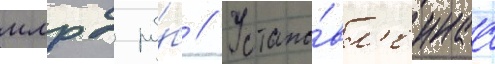
млрд ру́б // Устано́вл'еннаа